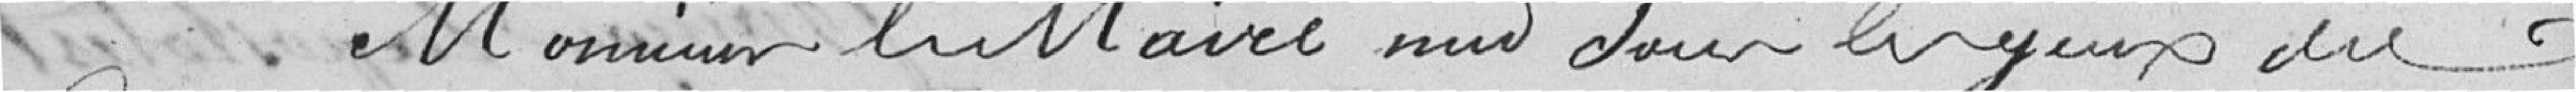
Monsieur le Maire met sous les yeux du